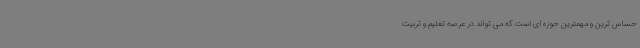
حساس ترین و مهمترین حوزه ای است که می تواند در عرصه تعلیم و تربیت